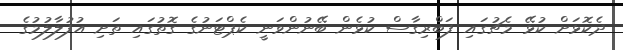
ދެކޮޅަށް ކުޅޭ މެޗުގައި ފަބްރިގާސް ކުޅެން ބޭނުންވަނީ ކެޕްޓަނުގެ ގޮތުގައި ތަށި އުފުލާލުމުގެ